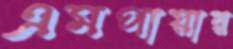
এমপায়ার